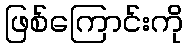
ဖြစ်ကြောင်းကို